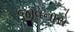
જીવનારો